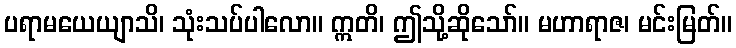
ပရာမယေယျာသိ၊ သုံးသပ်ပါလော။ ဣတိ၊ ဤသို့ဆိုသော်။ မဟာရာဇ၊ မင်းမြတ်။